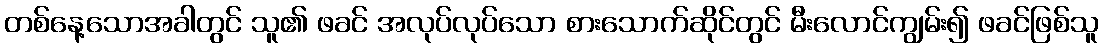
တစ်နေ့သောအခါတွင် သူ၏ ဖခင် အလုပ်လုပ်သော စားသောက်ဆိုင်တွင် မီးလောင်ကျွမ်း၍ ဖခင်ဖြစ်သူ